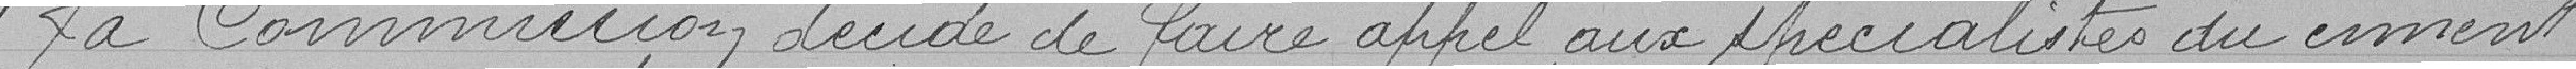
La Commission décide de faire appel aux spécialistes du ciment